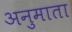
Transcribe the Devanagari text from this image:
अनुमाता